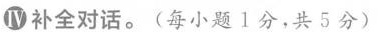
IV补全对话.(每小题 1分,共 5 分)